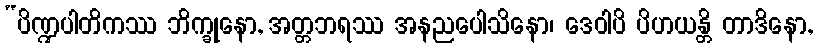
“ပိဏ္ဍပါတိကဿ ဘိက္ခုနော, အတ္တဘရဿ အနညပေါသိနော၊ ဒေဝါပိ ပိဟယန္တိ တာဒိနော,